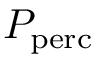
P _ { \mathrm { p e r c } }